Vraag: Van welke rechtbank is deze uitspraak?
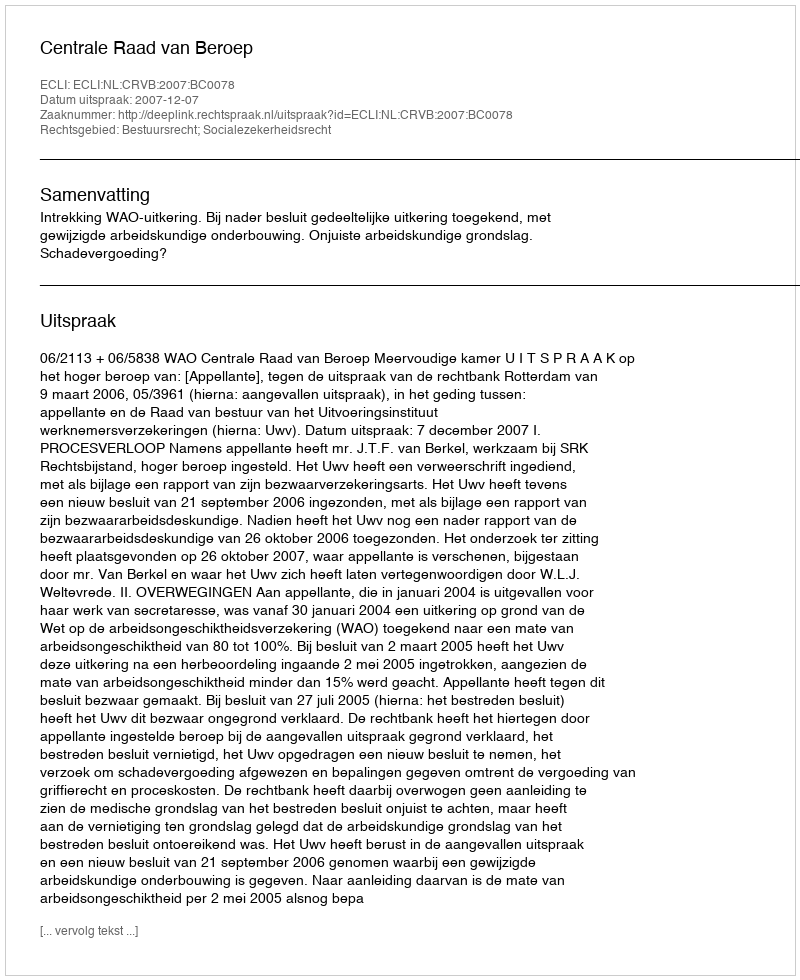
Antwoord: Centrale Raad van Beroep